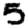
Digit: 5